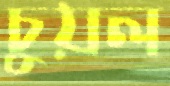
চুয়ল